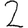
Digit: 2